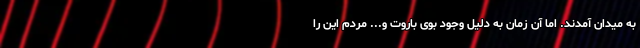
به میدان آمدند. اما آن زمان به دلیل وجود بوی باروت و... مردم این را